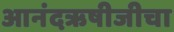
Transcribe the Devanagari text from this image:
आनंदऋषीजीचा